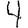
Digit: 4